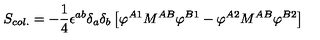
S _ { c o l . } = - { \frac { 1 } { 4 } } \epsilon ^ { a b } \delta _ { a } \delta _ { b } \left[ \varphi ^ { A 1 } M ^ { A B } \varphi ^ { B 1 } - \varphi ^ { A 2 } M ^ { A B } \varphi ^ { B 2 } \right]